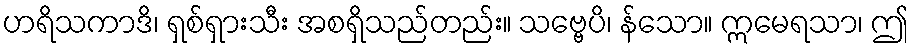
ဟရိသကာဒိ၊ ရှစ်ရှားသီး အစရှိသည်တည်း။ သဗ္ဗေပိ၊ န်သော။ ဣမေရသာ၊ ဤ